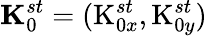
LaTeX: \textbf{K}_{0}^{st}=(\textrm{K}_{0x}^{st},\textrm{K}_{0y}^{st})